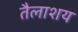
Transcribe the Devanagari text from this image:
तैलाशय